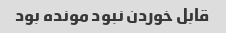
قابل خوردن نبود مونده بود